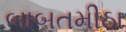
બાબતમીઠા